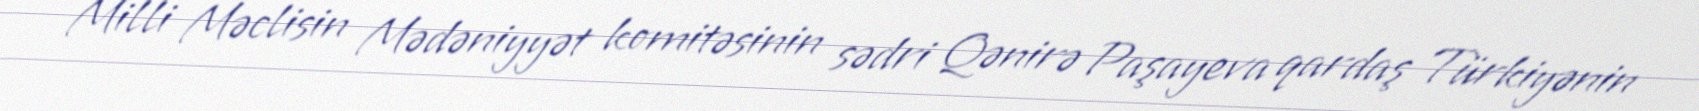
Milli Məclisin Mədəniyyət komitəsinin sədri Qənirə Paşayeva qardaş Türkiyənin